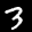
Label: 3